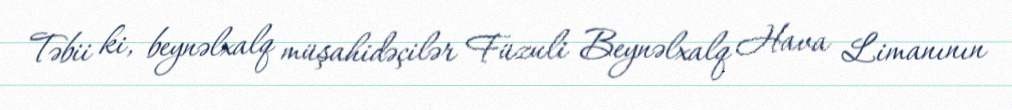
Təbii ki, beynəlxalq müşahidəçilər Füzuli Beynəlxalq Hava Limanının